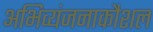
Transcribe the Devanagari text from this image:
अभिव्यंजनाकौशल